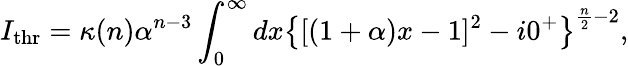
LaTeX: I_{\mathrm{thr}}=\kappa(n)\alpha^{n-3}\int_{0}^{\infty}dx\left\{ [(1+\alpha)x-1]^{2}-i0^{+}\right\} ^{\frac{n}{2}-2},